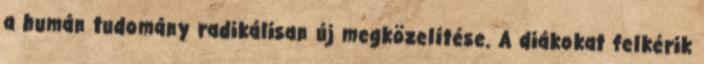
a humán tudomány radikálisan új megközelítése. A diákokat felkérik